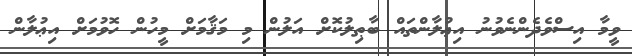
ވީމާ އިސްވެދެންނެވުނު އިޢުލާންތައް ބާޠިލުކޮށް އަލުން މި މަޤާމަށް މީހުން ހޮވުމަށް އިޢުލާން